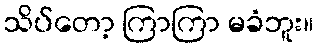
သိပ်တော့ ကြာကြာ မခံဘူး။